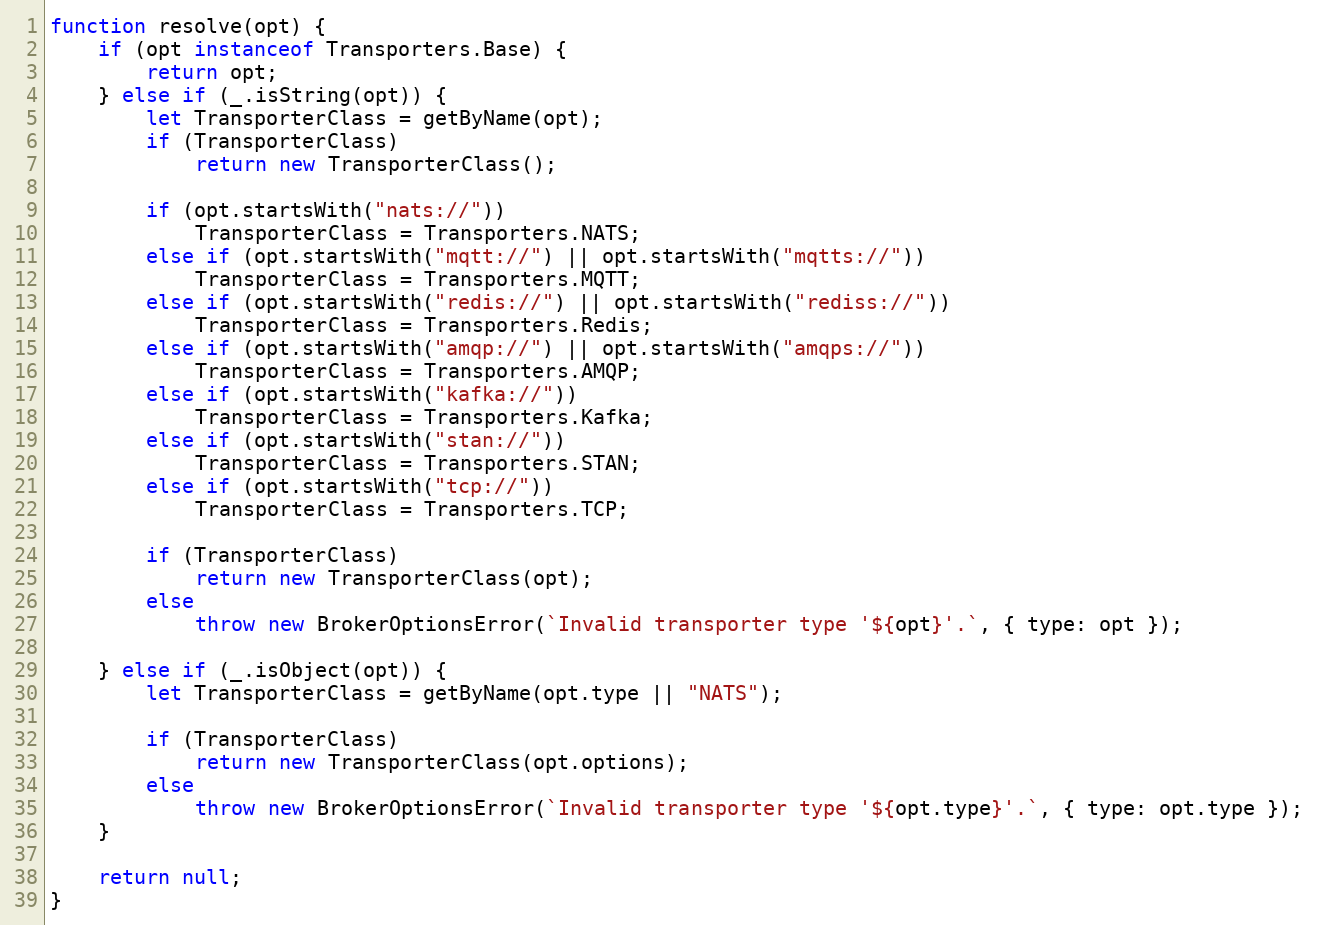
Language: JavaScript
function resolve(opt) {
	if (opt instanceof Transporters.Base) {
		return opt;
	} else if (_.isString(opt)) {
		let TransporterClass = getByName(opt);
		if (TransporterClass)
			return new TransporterClass();

		if (opt.startsWith("nats://"))
			TransporterClass = Transporters.NATS;
		else if (opt.startsWith("mqtt://") || opt.startsWith("mqtts://"))
			TransporterClass = Transporters.MQTT;
		else if (opt.startsWith("redis://") || opt.startsWith("rediss://"))
			TransporterClass = Transporters.Redis;
		else if (opt.startsWith("amqp://") || opt.startsWith("amqps://"))
			TransporterClass = Transporters.AMQP;
		else if (opt.startsWith("kafka://"))
			TransporterClass = Transporters.Kafka;
		else if (opt.startsWith("stan://"))
			TransporterClass = Transporters.STAN;
		else if (opt.startsWith("tcp://"))
			TransporterClass = Transporters.TCP;

		if (TransporterClass)
			return new TransporterClass(opt);
		else
			throw new BrokerOptionsError(`Invalid transporter type '${opt}'.`, { type: opt });

	} else if (_.isObject(opt)) {
		let TransporterClass = getByName(opt.type || "NATS");

		if (TransporterClass)
			return new TransporterClass(opt.options);
		else
			throw new BrokerOptionsError(`Invalid transporter type '${opt.type}'.`, { type: opt.type });
	}

	return null;
}